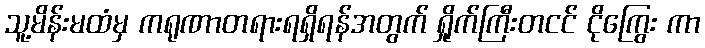
သူ့မိန်းမထံမှ ကရုဏာတရားရရှိရန်အတွက် ရှိုက်ကြီးတငင် ငိုကြွေး ကာ